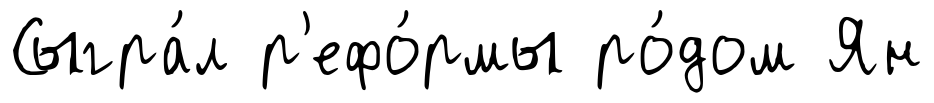
Сыгра́л р'ефо́рмы ро́дом Ян